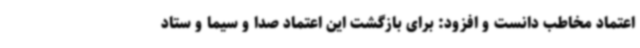
اعتماد مخاطب دانست و افزود: برای بازگشت این اعتماد صدا و سیما و ستاد